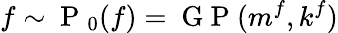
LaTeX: f\sim\mathrm{~P~}_{0}({f})=\mathrm{~G~P~}(m^{f},k^{f})